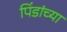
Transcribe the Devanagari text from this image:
पिंडांच्या